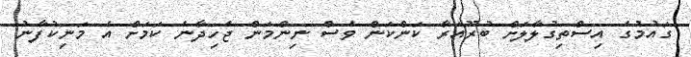
ގައުމުގެ އިސްތިގުލާލަށް ބުރޫއަރާ ކަންކަން ވެސް ނިންމަން ޖެހިދާނެ ކަމަށް އެ މަނިކުފާނު